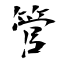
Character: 管